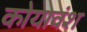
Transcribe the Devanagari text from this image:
कोयावंश